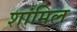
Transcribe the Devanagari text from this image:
शांमिल